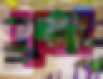
লুনার